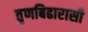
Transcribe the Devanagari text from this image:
तृणबिढारासी